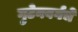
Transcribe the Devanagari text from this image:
गुटेनबर्गचे